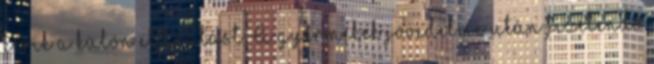
kérik a külön elbírálást. A gyermekek jövedelme után fizetendő